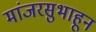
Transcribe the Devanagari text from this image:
मांजरसुभाहून